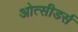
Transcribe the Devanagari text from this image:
ओत्सीडर्स